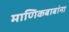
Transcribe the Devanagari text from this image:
माणिकबाबांना